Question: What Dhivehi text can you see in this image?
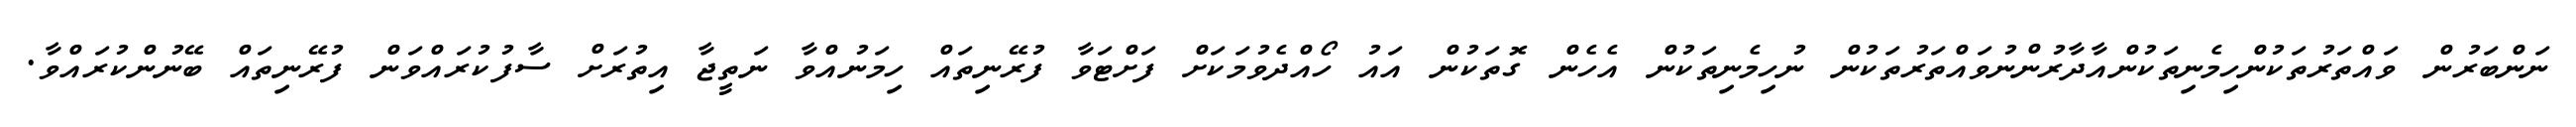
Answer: ނަންބަރުން ވައްތަރުތަކުންހިމެނިތަކުންއާދާރުންނުވައްތަރުތަކުން ނުހިމެނިތަކުން އެހެން ގޮތަކުން އައު ހޯއްދެވުމަކަށް ފަށްޓަވާ ފުރޭނިތައް ހިމަނުއްވާ ނަތީޖާ އިތުރަށް ސާފުކުރައްވަން ފުރޭނިތައް ބޭނުންކުރައްވާ.